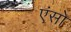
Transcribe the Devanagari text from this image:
एंसो